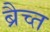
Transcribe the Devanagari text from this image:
ब्रैच्त